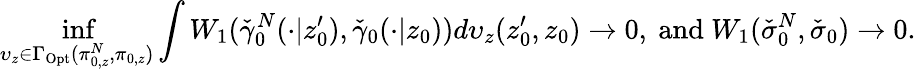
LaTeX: \operatorname*{inf}_{\upsilon_{z}\in\Gamma_{\mathrm{Opt}}(\pi_{0,z}^{N},\pi_{0,z})}\int W_{1}(\check{\gamma}_{0}^{N}(\cdot|z_{0}^{\prime}),\check{\gamma}_{0}(\cdot|z_{0}))d\upsilon_{z}(z_{0}^{\prime},z_{0})\rightarrow 0,\mathrm{~and~}W_{1}(\check{\sigma}_{0}^{N},\check{\sigma}_{0})\rightarrow 0.